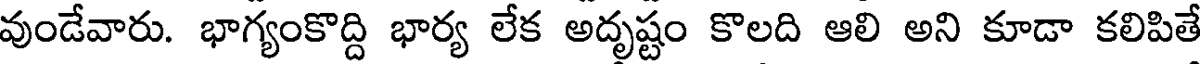
వుండేవారు. భాగ్యంకొద్ది భార్య లేక అదృష్టం కొలది ఆలి అని కూడా కలిపితే